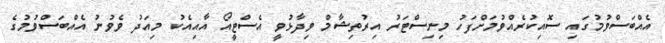
އެއްބަސްވުމުގައި ސޮއިކުރެއްވުމަށްފަހު މިނިސްޓަރު އިރުތިޝާމް ވިދާޅުވީ އެސްޓީއޯ އާއިއެކު މިއަދު ވެވުނު އެއްބަސްވުމުގެ